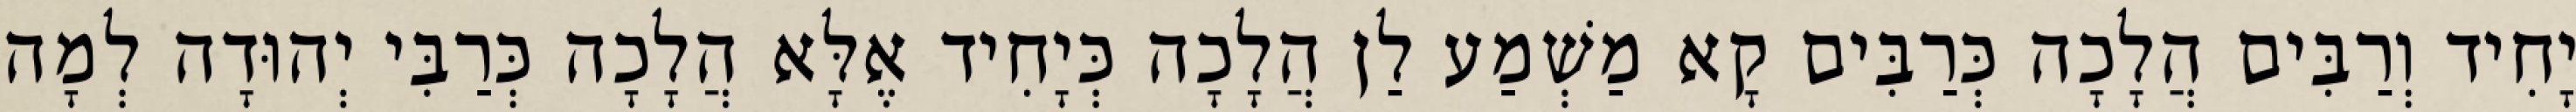
יָחִיד וְרַבִּים הֲלָכָה כְּרַבִּים קָא מַשְׁמַע לַן הֲלָכָה כְּיָחִיד אֶלָּא הֲלָכָה כְּרַבִּי יְהוּדָה לְמָה